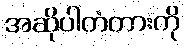
အဆိုပါတံတားကို